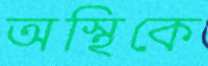
অস্থিকে